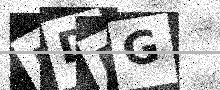
Text: RDDG